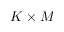
K \times M